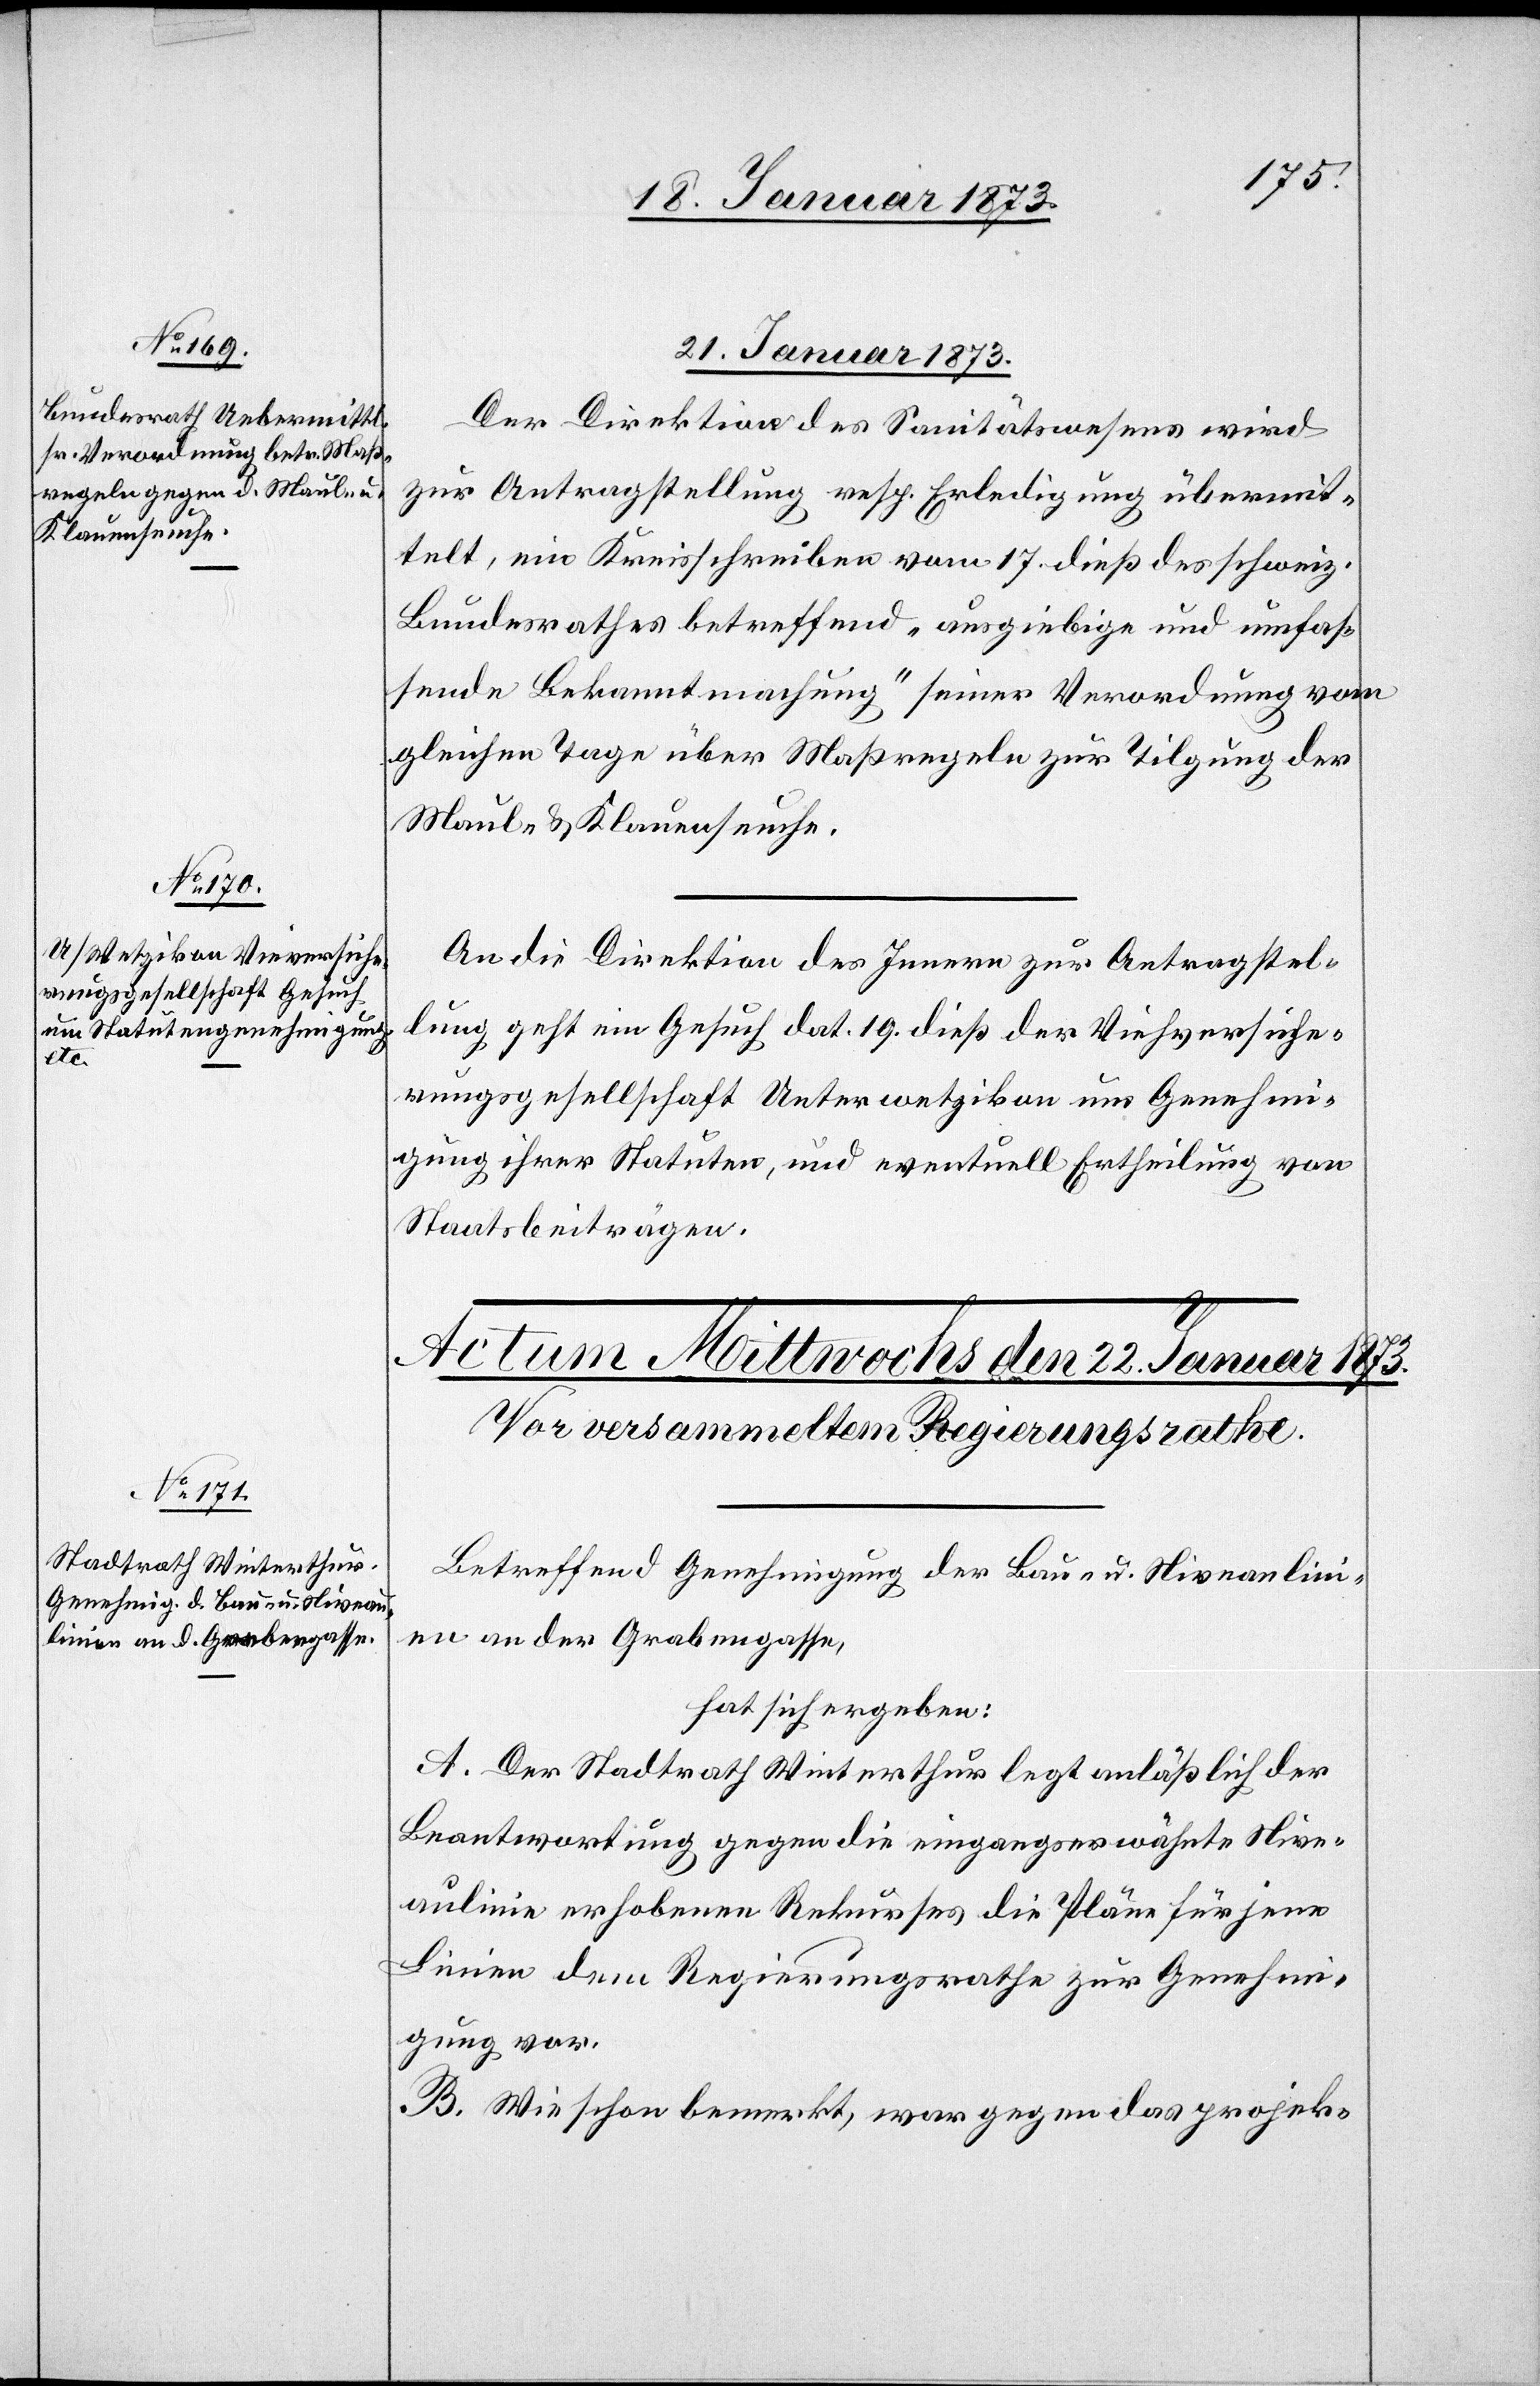
21. Januar 1873.]
Der Direktion des Sanitätswesens wird
zur Antragstellung resp. Erledigung übermit¬
telt, ein Kreisschreiben vom 17. dieß des schweiz.
Bundesrathes betreffend „ausgiebige und umfas¬
sende Bekanntmachung“ seiner Verordnung vom
gleichen Tage über Maßregeln zur Tilgung der
Maul- u. Klauenseuche.
An die Direktion des Innern zur Antragstel¬
lung geht ein Gesuch dat. 19. dieß der Viehversiche¬
rungsgesellschaft Unterwetzikon um Genehmi¬
gung ihrer Statuten, und eventuell Ertheilung von
Staatsbeiträgen.
Betreffend Genehmigung der Bau- u. Niveaulin¬
ien an der Grabengasse,
hat sich ergeben:
A. Der Stadtrath Winterthur legt anläßlich der
Beantwortung gegen die eingangserwähnte Nive¬
aulinie erhobenen Rekurses die Pläne für jene
Linien dem Regierungsrathe zur Genehmi¬
gung vor.
B. Wie schon bemerkt, war gegen das projek-